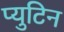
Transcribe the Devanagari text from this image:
प्युटिन